Report on lock hospitals in British Burma
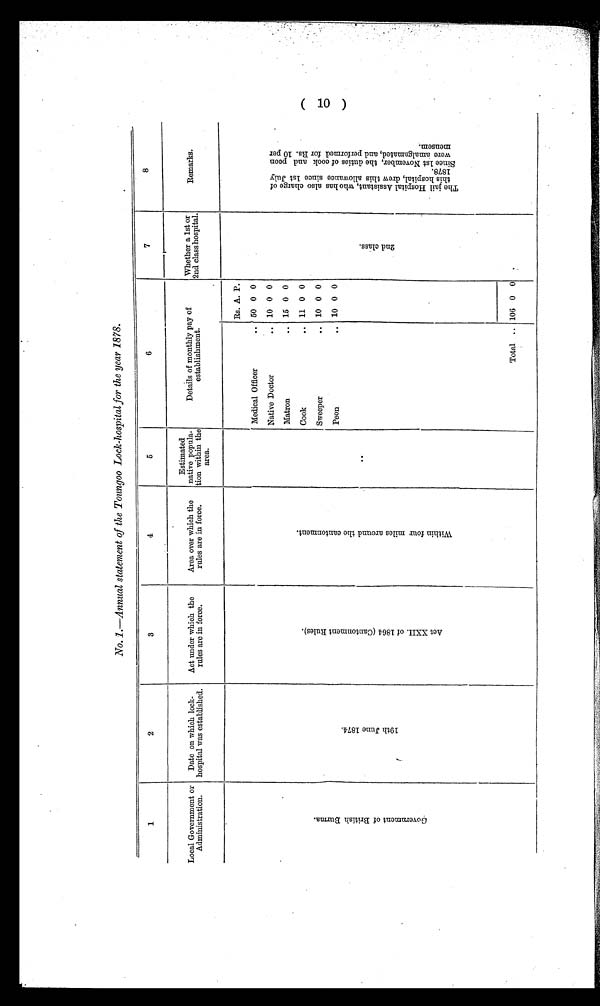
No. 1.—Annual statement of the Toungoo Lock-hospital for the year 1878.
1
2
3
4
5
6
7
8
Local Government or
Administration.
Date on which lock-
hospital was established.
Act under which the
rules are in force.
Area over which the
rules are in force.
Estimated
native popula-
tion within the
area.
Details of monthly pay of
establishment.
Whether a 1st or
2nd class hospital.
Remarks.
G o v e r n m e n t o f B r i t i s h B u r m a .
1 9 t h J u n e 1 8 7 4 .
A c t X X I I . o f 1 8 6 4 ( C a n t o n m e n t R u l e s ) .
W i t h i n f o u r m i l e s a r o u n d t h e c a n t o n m e n t .
. .
Rs. A. P.
2 n d c l a s s .
T h e j a i l H o s p i t a l A s s i s t a n t , w h o h a s a l s o c h a r g e o f t h i s h o s p i t a l , d r e w t h i s a l l o w a n c e s i n c e 1 s t J u l y 1 8 7 8 .
S i n c e 1 s t N o v e m b e r , t h e d u t i e s o f c o o k a n d p e o n w e r e a m a l g a m a t e d , a n d p e r f o r m e d f o r
R s . 1 0 p e r m e n s e m .
Medical Officer
.. 50 0 0
Native Doctor
.. 10 0 0
Matron
.. 15 0 0
Cook
.. 11 0 0
Sweeper
.. 10 0 0
Peon
.. 10 0 0
Total .. 106 0 0
( 10 )